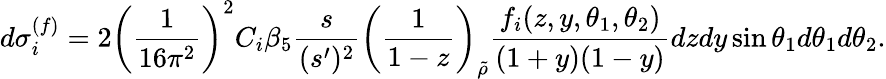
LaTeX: d\sigma_{i}^{(f)}=2\left(\frac{1}{16\pi^{2}}\right)^{2}C_{i}\beta_{5}\frac{s}{(s^{\prime})^{2}}\left(\frac{1}{1-z}\right)_{\tilde{\rho}}\frac{f_{i}(z,y,\theta_{1},\theta_{2})}{(1+y)(1-y)}dzdy\sin\theta_{1}d\theta_{1}d\theta_{2}.